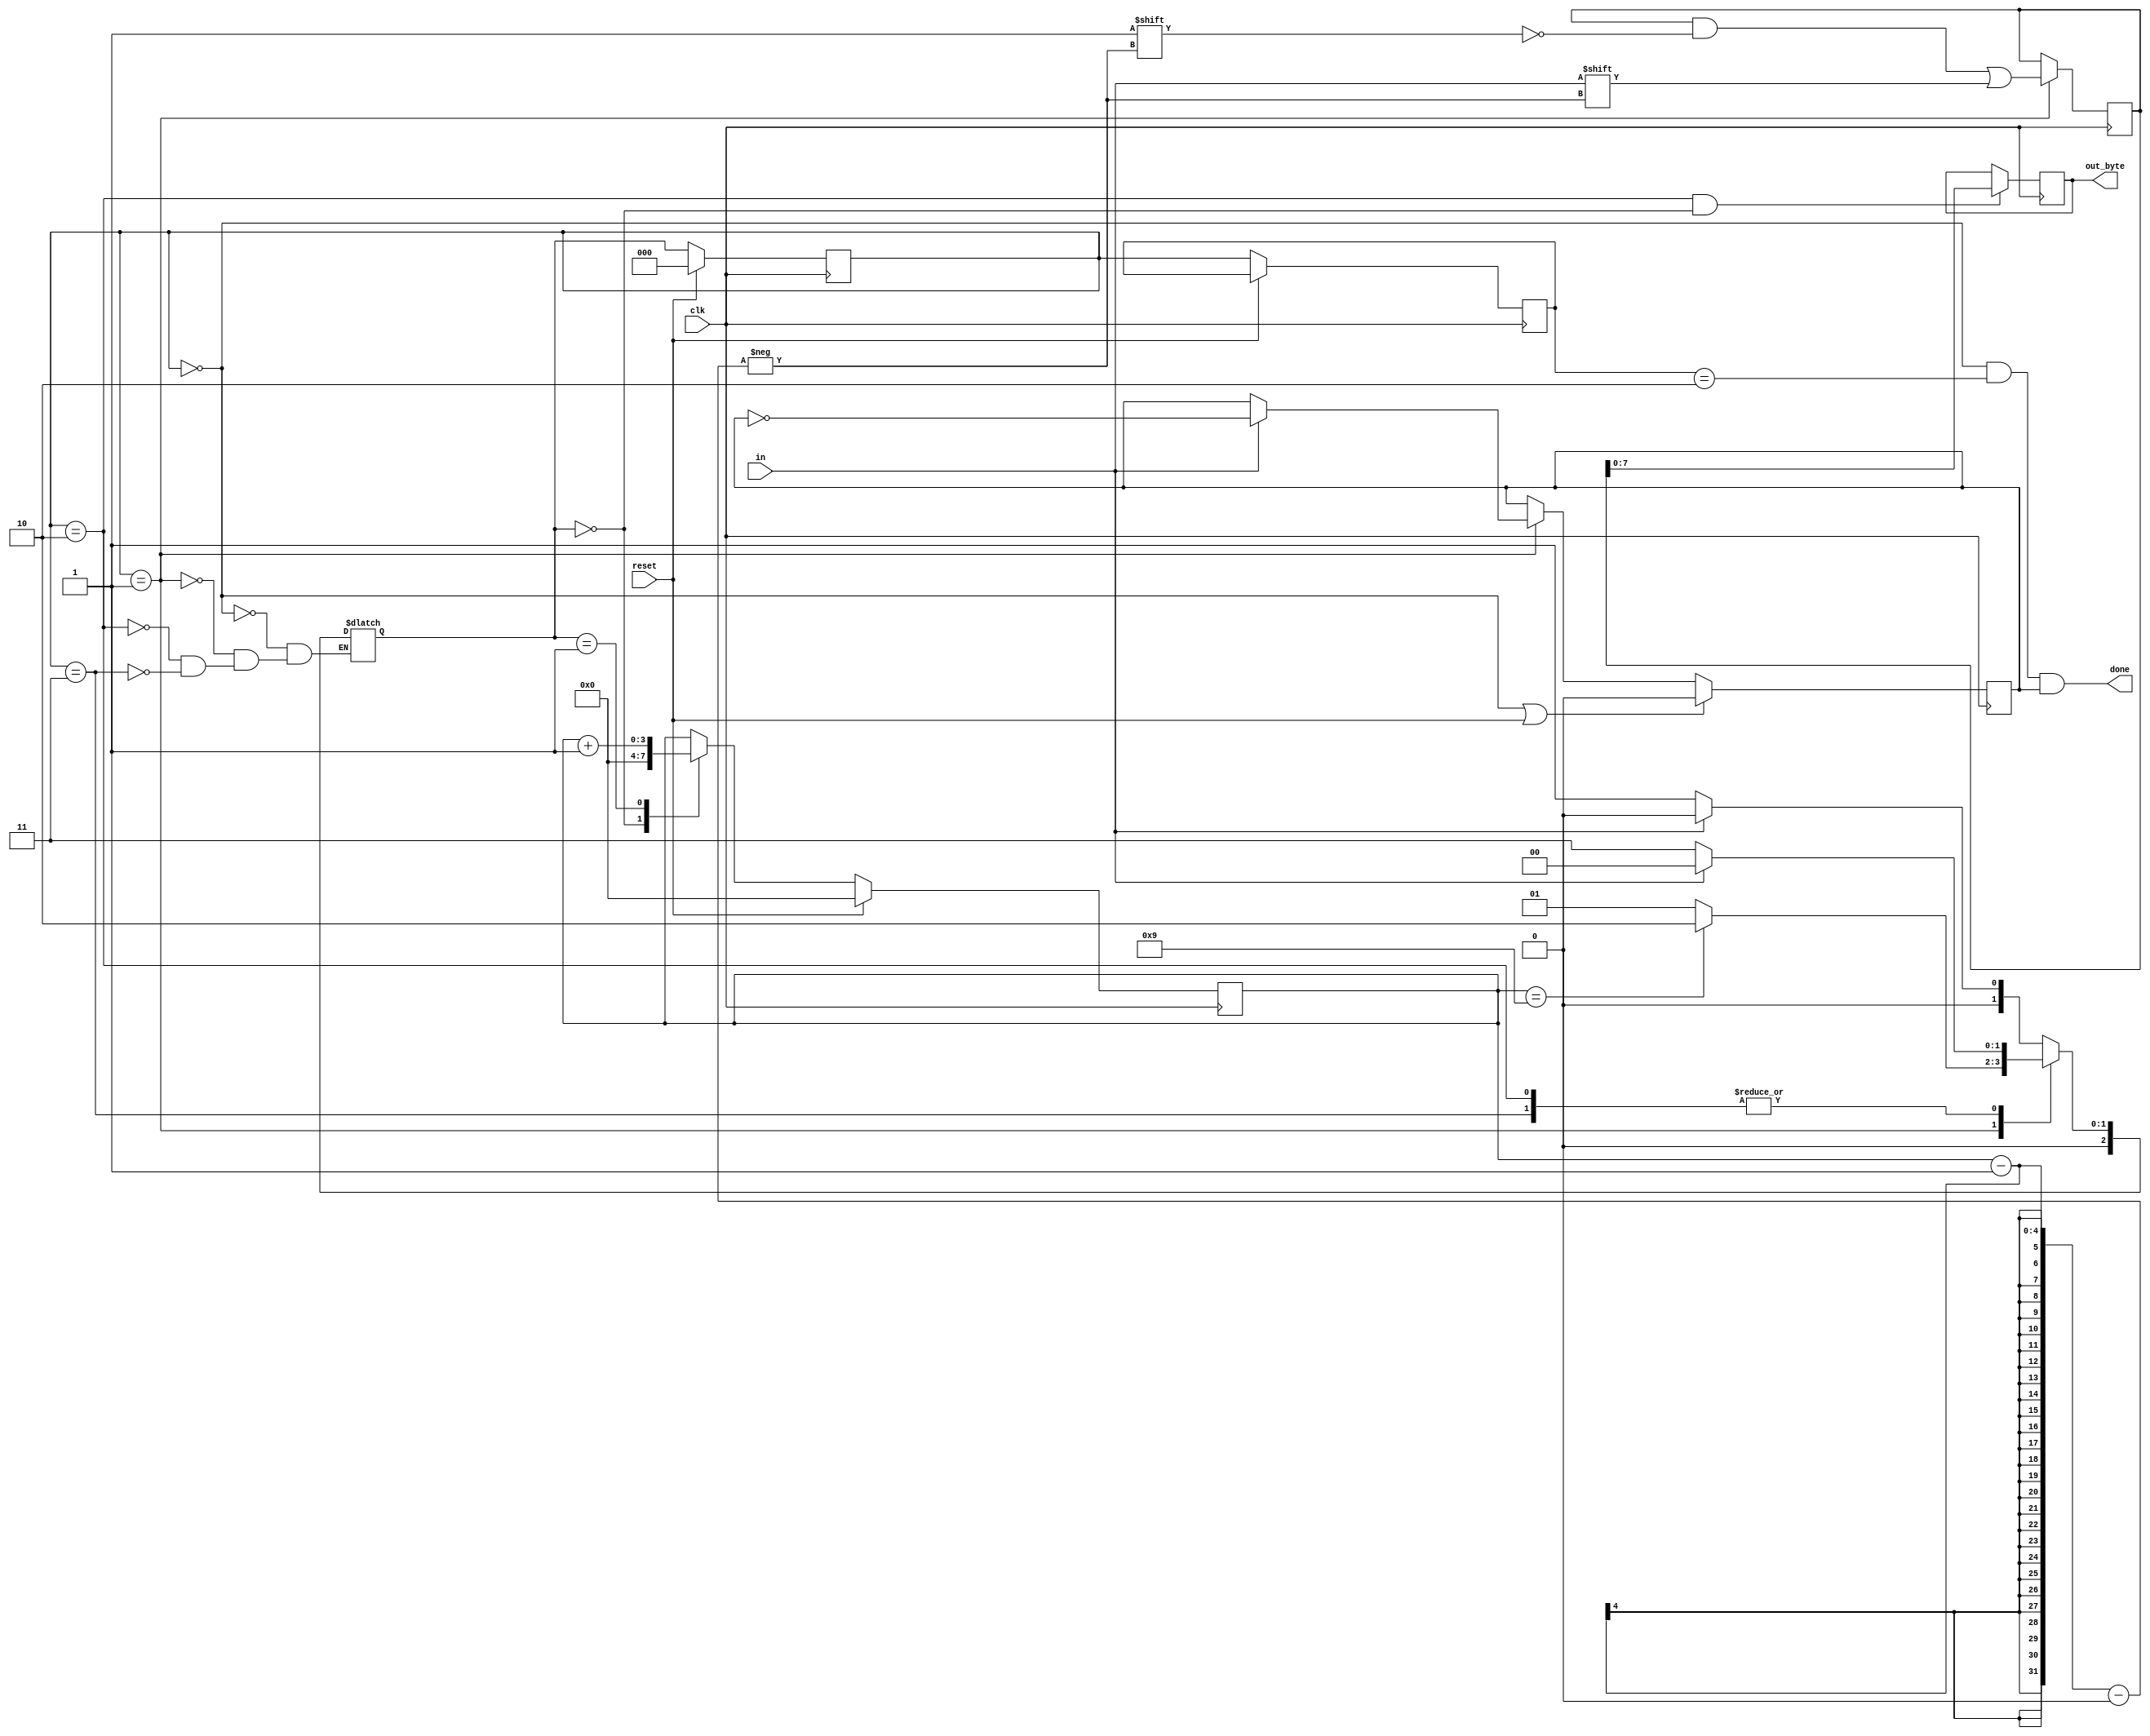
module top_module(
    input clk,
    input in,
    input reset,    // Synchronous reset
    output [7:0] out_byte,
    output done
); 

    parameter IDLE=0, START=1, DONE=2, ERROR=3;
    reg[2:0] pre, state, next;
    reg[3:0] cnt;
    reg[8:0] temp_byte;
    reg odd = 1'b0;

    always@(*) begin 
        case(state)
            IDLE: next = in ? IDLE : START;
            START: next = (cnt == 9) ? DONE : START;
            DONE: next = in ? IDLE: ERROR;
            ERROR: next = in ? IDLE : ERROR;
        endcase
    end

    always@(posedge clk) begin
        if (reset) begin 
            state <= IDLE;
        end else begin
            pre <= state;
            state <= next;
        end
    end

    always@(posedge clk)begin
        if (reset) begin
            cnt<=0;
        end else begin
            case(next)
                IDLE: cnt <= 0;
                START: begin
                    cnt <= cnt + 1;
                end
                default: cnt <= cnt;
            endcase
        end
    end
    
    always@(posedge clk) begin
        if(state == IDLE || reset) odd <= 1'b0;
        else if (state == START) odd <= in ? ~odd : odd;
        else odd <= odd;
    end
    
    always@(posedge clk) begin
        if (state == START) begin
            temp_byte[cnt-1] <= in;
        end
    end
    
    assign done = (state == IDLE && pre == DONE && odd); 
    always@(posedge clk) begin
        if (state==DONE && next==IDLE) begin
            out_byte <= temp_byte[7:0];
        end
    end
endmodule